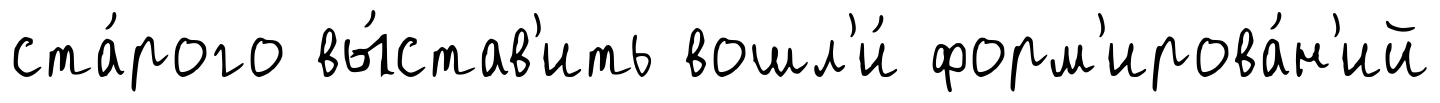
ста́рого вы́став'ить вошл'и́ форм'ирова́н'ий